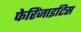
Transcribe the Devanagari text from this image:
फेरिंजाइटिस